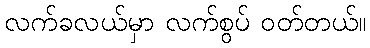
လက်ခလယ်မှာ လက်စွပ် ဝတ်တယ်။